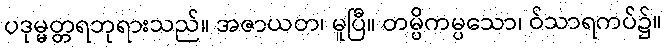
ပဒုမ္မတ္တရဘုရားသည်။ အဇာယတ၊ မူပြီ။ တမ္ပိကမ္ပသော၊ ဝ်သာရကပ်၌။